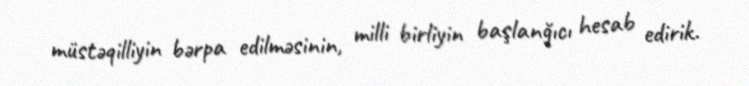
müstəqilliyin bərpa edilməsinin, milli birliyin başlanğıcı hesab edirik.